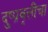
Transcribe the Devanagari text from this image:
दुष्प्रवृत्तींचा